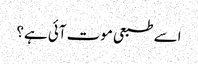
اسے طبعی موت آئی ہے؟